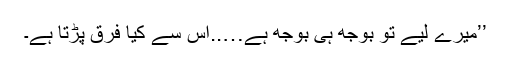
’’میرے لیے تو بوجھ ہی بوجھ ہے…..اس سے کیا فرق پڑتا ہے۔